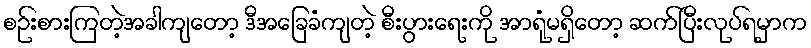
စဉ်းစားကြတဲ့အခါကျတော့ ဒီအခြေခံကျတဲ့ စီးပွားရေးကို အာရုံမရှိတော့ ဆက်ပြီးလုပ်ရမှာက